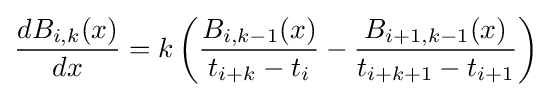
{\frac {dB_{i,k}(x)}{dx}}=k\left({\frac {B_{i,k-1}(x)}{t_{i+k}-t_{i}}}-{\frac {B_{i+1,k-1}(x)}{t_{i+k+1}-t_{i+1}}}\right)